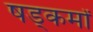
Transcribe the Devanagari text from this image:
षड्कर्मों